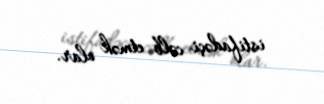
istifadəçi cəlb etmək olar.